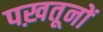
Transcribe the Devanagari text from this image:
पख़तूनों